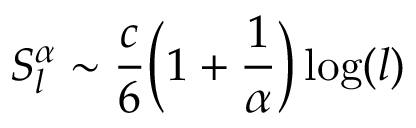
S _ { l } ^ { \alpha } \sim \frac { c } { 6 } \Big ( 1 + \frac { 1 } { \alpha } \Big ) \log ( l )